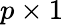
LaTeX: p\times 1